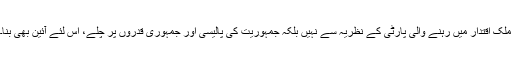
ملک اقتدار میں رہنے والی پارٹی کے نظریہ سے نہیں بلکہ جمہوریت کی پالیسی اور جمہوری قدروں پر چلے، اس لئے آئین بھی بنا۔